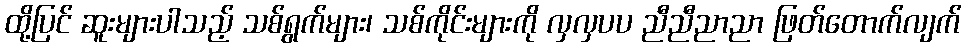
ထို့ပြင် ဆူးများပါသည့် သစ်ရွက်များ၊ သစ်ကိုင်းများကို လှလှပပ ညီညီညာညာ ဖြတ်တောက်လျက်